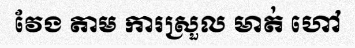
វែង តាម ការស្រួល មាត់ ហៅ